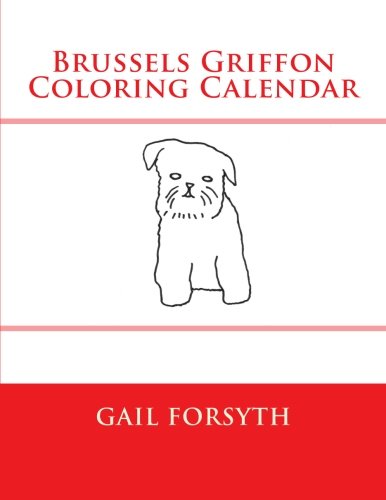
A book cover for Brussels Griffon Coloring Calendar; Gail Forsyth; Calendars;